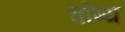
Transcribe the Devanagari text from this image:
चोष्‍य